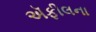
ઍફીલના